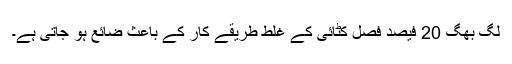
لگ بھگ 20 فیصد فصل کٹائی کے غلط طریقے کار کے باعث ضائع ہو جاتی ہے۔